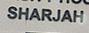
sharjah